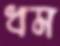
ধম